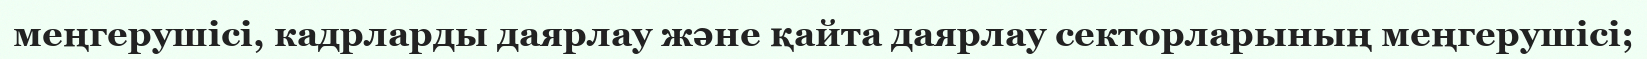
меңгерушісі, кадрларды даярлау және қайта даярлау секторларының меңгерушісі;